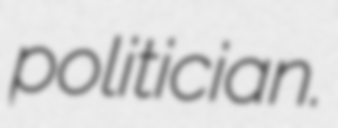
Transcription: politician.